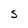
Character: S